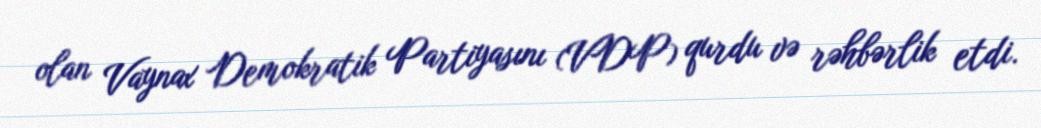
olan Vaynax Demokratik Partiyasını (VDP) qurdu və rəhbərlik etdi.